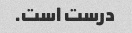
درست است.